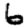
Digit: 6